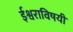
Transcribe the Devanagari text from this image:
ईश्वराविषयी